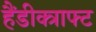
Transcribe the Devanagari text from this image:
हैंडीक्त्राफ्ट